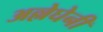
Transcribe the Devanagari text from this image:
अल्लेघेनी